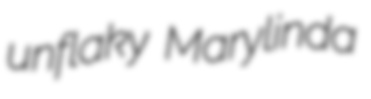
unflaky Marylinda